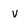
Character: v